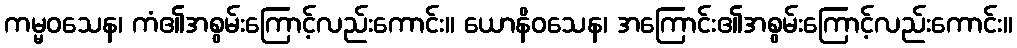
ကမ္မဝသေန၊ ကံ၏အစွမ်းကြောင့်လည်းကောင်း။ ယောနိဝသေန၊ အကြောင်း၏အစွမ်းကြောင့်လည်းကောင်း။